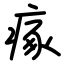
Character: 瘃